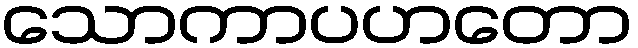
သောကာပဟတော